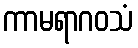
ကာမရာဂဝသံ